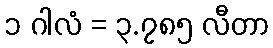
၁ ဂါလံ = ၃.၇၈၅ လီတာ